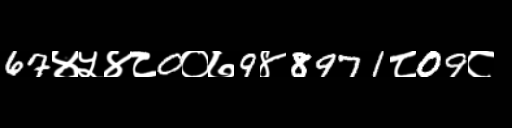
Text: 67४५४८0०७9४8971८09८